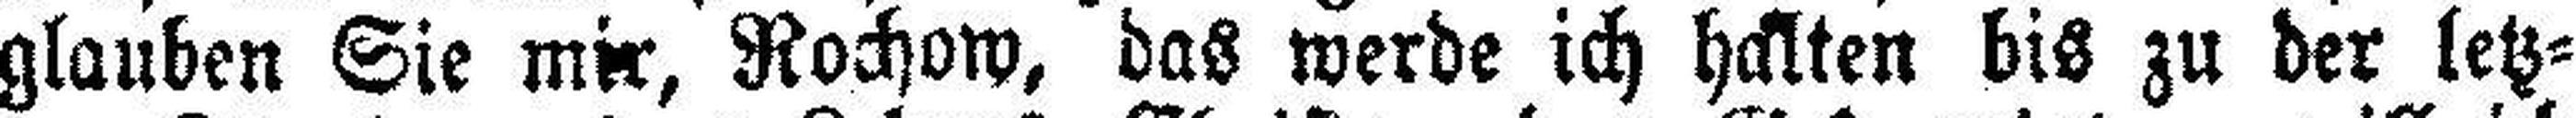
glauben Sie mir, Rochow, das werde ich halten bis zu der letz¬